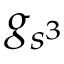
g _ { s ^ { 3 } }